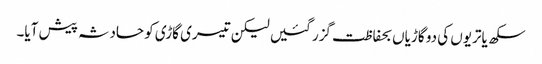
سکھ یاتریوں کی دو گاڑیاں بحفاظت گزر گئیں لیکن تیسری گاڑی کو حادثہ پیش آیا۔